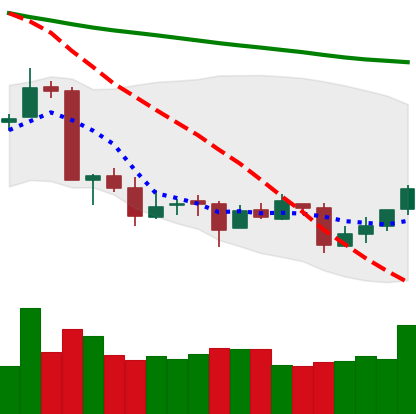
Ticker: ETC-USD
Chart end date: 2018-09-21
Forward return: -5.759%
Label: down_5_7